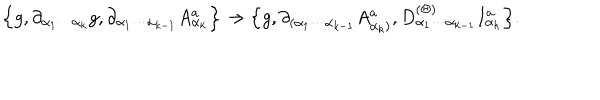
\Big \{ g , \partial _ { \alpha _ { 1 } \cdots \alpha _ { k } } g , \partial _ { \alpha _ { 1 } \cdots \alpha _ { k - 1 } } A _ { \alpha _ { k } } ^ { a } \Big \} \rightarrow \Big \{ g , \partial _ { ( \alpha _ { 1 } \cdots \alpha _ { k - 1 } } A _ { \alpha _ { k } ) } ^ { a } , D _ { \alpha _ { 1 } \cdots \alpha _ { k - 1 } } ^ { ( \Theta ) } I _ { \alpha _ { k } } ^ { a } \Big \} .